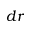
d r